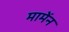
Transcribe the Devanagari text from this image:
मामेंन